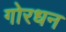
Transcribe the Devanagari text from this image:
गोरधन